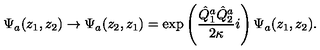
\Psi _ { a } ( z _ { 1 } , z _ { 2 } ) \rightarrow \Psi _ { a } ( z _ { 2 } , z _ { 1 } ) = \exp \left( \frac { \hat { Q } _ { 1 } ^ { a } \hat { Q } _ { 2 } ^ { a } } { 2 \kappa } i \right) \Psi _ { a } ( z _ { 1 } , z _ { 2 } ) .